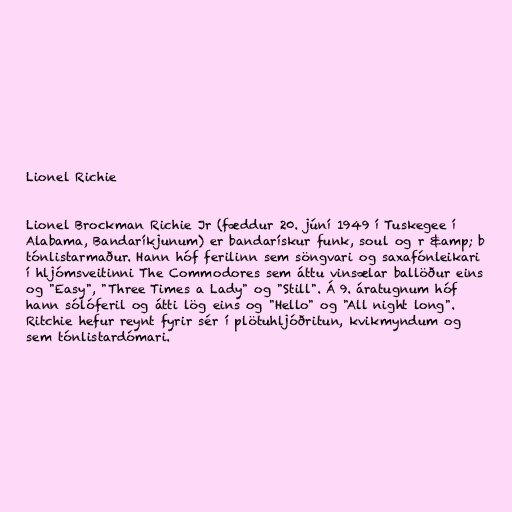
Lionel Richie

Lionel Brockman Richie Jr (fæddur 20. júní 1949 í Tuskegee í
Alabama, Bandaríkjunum) er bandarískur funk, soul og r &amp; b
tónlistarmaður. Hann hóf ferilinn sem söngvari og saxafónleikari
í hljómsveitinni The Commodores sem áttu vinsælar ballöður eins
og "Easy", "Three Times a Lady" og "Still". Á 9. áratugnum hóf
hann sólóferil og átti lög eins og "Hello" og "All night long".
Ritchie hefur reynt fyrir sér í plötuhljóðritun, kvikmyndum og
sem tónlistardómari.